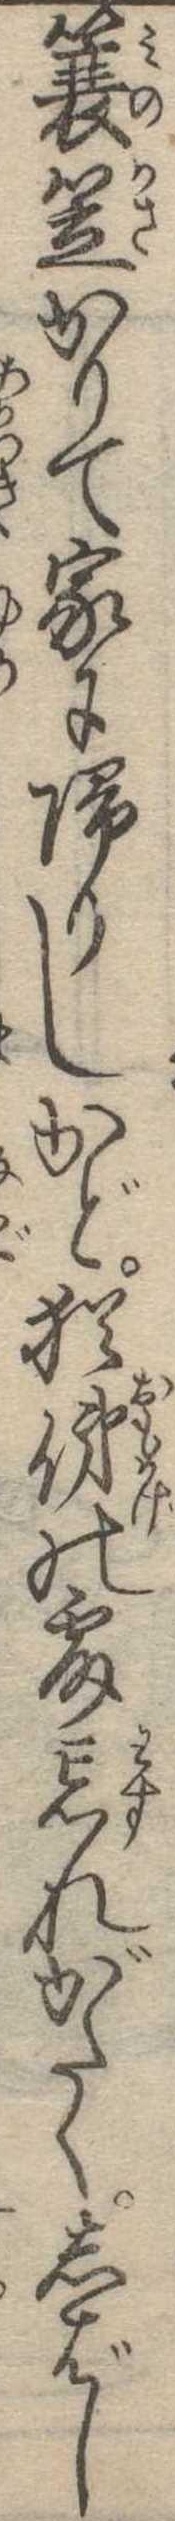
簑笠かりて家に帰りしかど猶俤の露忘れがたくしばし